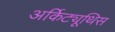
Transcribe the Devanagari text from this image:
अर्किट्यूथिस